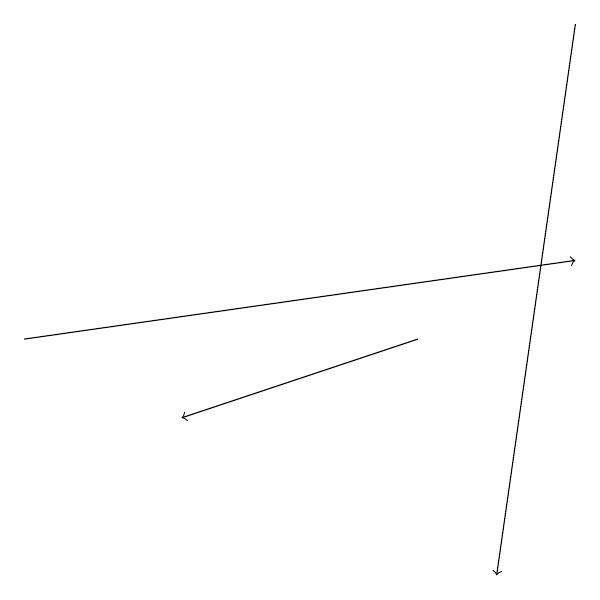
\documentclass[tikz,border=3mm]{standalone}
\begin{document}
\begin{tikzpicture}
\draw[->] (8,18) -- (7,11);
\draw[->] (1,14) -- (8,15);
\draw[->] (6,14) -- (3,13);
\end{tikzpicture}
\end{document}